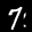
Label: 7